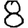
Digit: 8